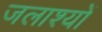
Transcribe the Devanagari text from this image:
जलाश्यों